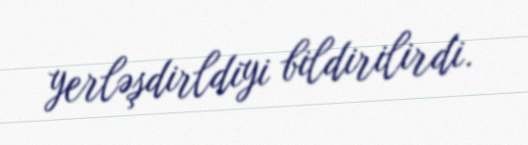
yerləşdirldiyi bildirilirdi.